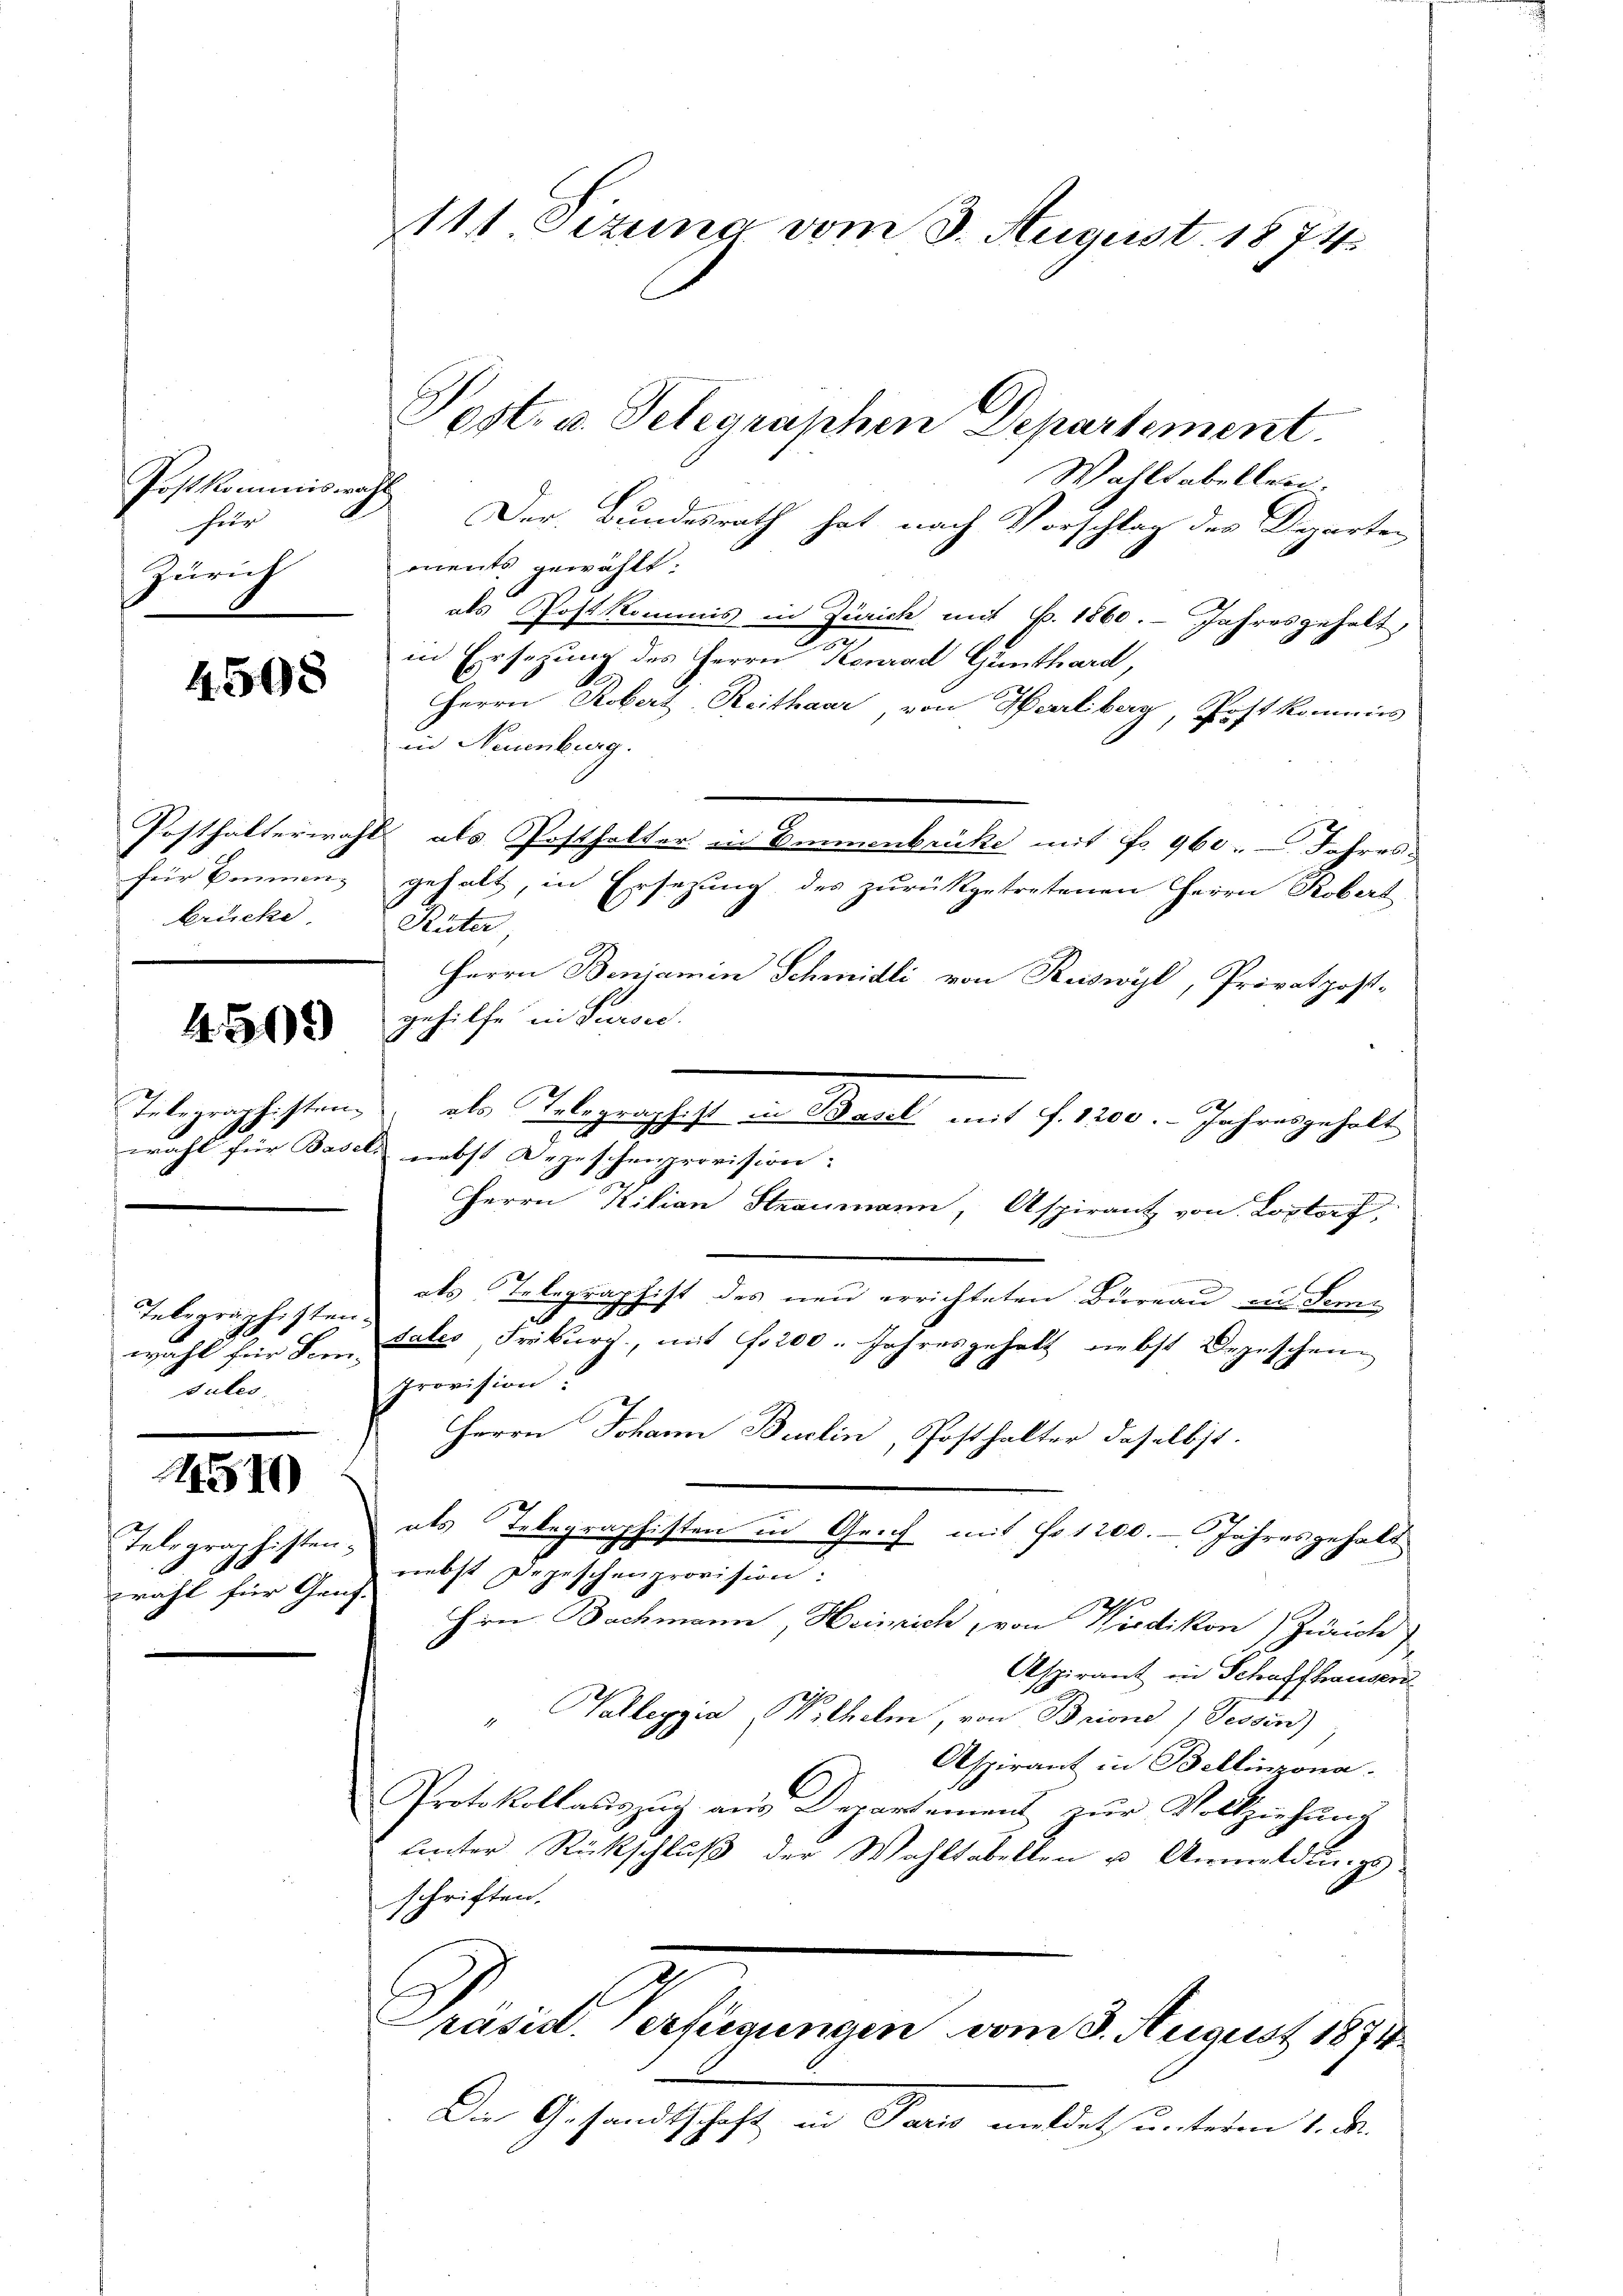
Postkommiswahl
hitz
Zürich

4508

Posthalterwah
für Binnen.
brücke

4503

Telegraphisten.
wahl für Bas¬

Telegraphisten
wahl für den
pules

1540

Telegraphisten.
e
wahl für Ganz

111 Sizung vom 3. August 1874.

Post- u. Telegraphen Departement.
Wahltabellen.
Der Bundesrath hat nach Vorschlag des Departen
ments gewählt:
als Postkommis in Zürich mit 6. 1860. Jahresgehelt,
d
in Ersetzung des Herrn Konrad Günthard,
Herrn Robert Reithaar von Herrliberg, Postkommis
in Neuenburg.
2 als Posthalter in Emmenbrücke mit No. 960. Jahres
gehalt, in
rsezung des zurükgetretenen Herrn Robert
Rüter,
Herrn Benjamin Schmidli von Reiswyl, Privatpost-
gehilfe in Sursee.
als Telegraphist in Basel mit f. 1200. Jahresgeholt
l nebst Depeschenprovision. |
Herrn Kilian Straumann, Aspirant von Lostorf,
e
als Telegraphist des neu errichteten Bureau in Seme
dales, Freiburg, mit f. 200. Jahresgehalt nebst Bezischen
Provision
Herrn Johann Buchin, Posthalter daselbst.
als Telegraphisten in Geich mit Fr. 1200. - Jahresgehalt
nebst Depeschenprovision:
x
Hrn. Bachmann Heinrich von Wiedikon) Zürich
Aspirant in Schaffhauser
Valleggia (Withelm, von Brione (Tessen)
Aspirant in Bellinzona.
Protokollauszug aus Departement zur Vollziehung
unter Rückschluß der Wahltabellen u. Anmeldungsschriften.
räsid. Verfügungen vom 3. August 1874
Die Gesandtschaft in Paris meldet unterm 1. M.